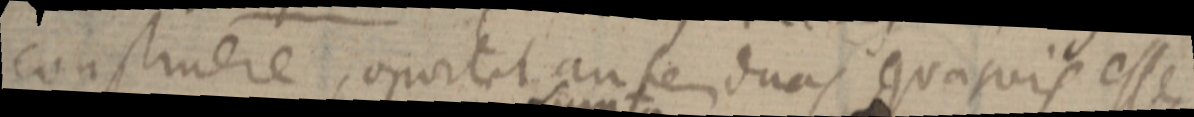
construere, oportet autem duas quasvis esse